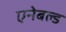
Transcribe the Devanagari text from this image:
एनेबल्‍ड